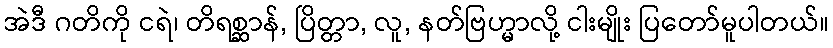
အဲဒီ ဂတိကို ငရဲ၊ တိရစ္ဆာန်, ပြိတ္တာ, လူ, နတ်ဗြဟ္မာလို့ ငါးမျိုး ပြတော်မူပါတယ်။